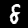
Label: 8